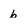
Character: b